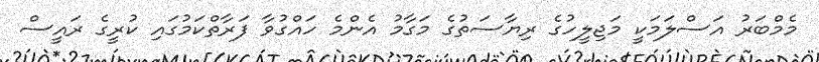
މެމްބަރު އަސްލަމަކީ މަޖިލީހުގެ ރިޔާސަތުގެ މަގާމު އެންމެ ހައްގުވާ ފަރާތްކަމުގައި ކުރީގެ ރައީސް